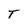
Character: T